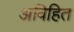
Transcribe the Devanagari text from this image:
अविहित